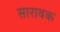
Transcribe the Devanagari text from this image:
सारावक